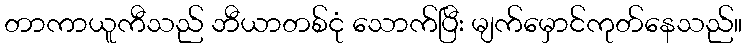
တာကာယူကီသည် ဘီယာတစ်ငုံ သောက်ပြီး မျက်မှောင်ကုတ်နေသည်။